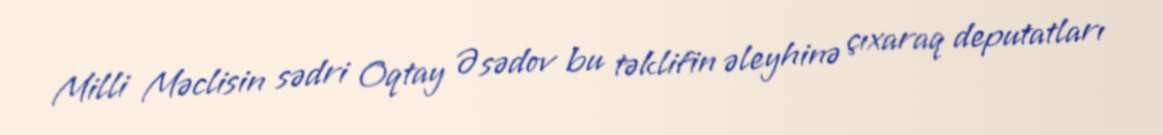
Milli Məclisin sədri Oqtay Əsədov bu təklifin əleyhinə çıxaraq deputatları